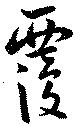
覆